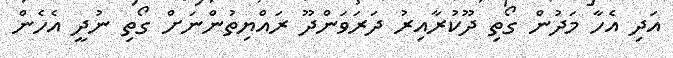
އަދި އެހާ މަދުން ގޯތި ދޫކުރާއިރު ދަރަވަންދޫ ރައްޔިތުންނަށް ގޯތި ނުދީ އެހެން